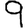
Digit: 9